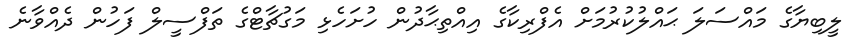
ލީބިޔާގެ މައްސަލަ ޙައްލުކުރުމަށް އެފްރިކާގެ އިއްތިޙާދުން ހުށަހެޅި މަގުޗާޓްގެ ތަފްސީލް ފަހުން ދެއްވާނެ